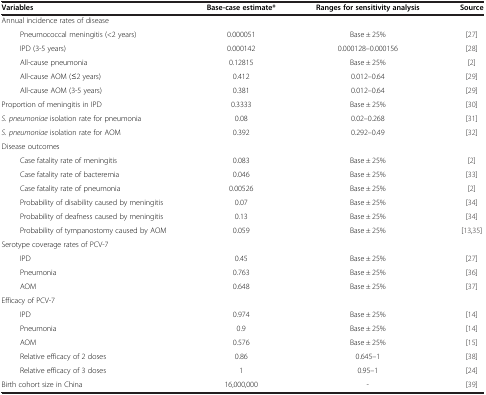
| Variables | Base-case estimate* | Ranges for sensitivity analysis | Source |
 | --- | --- | --- | --- |
 | Annual incidence rates of disease |  |  |  |
 | Pneumococcal meningitis (<2 years) | 0.000051 | Base ± 25% | [27] |
 | IPD (3-5 years) | 0.000142 | 0.000128–0.000156 | [28] |
 | All-cause pneumonia | 0.12815 | Base ± 25% | [2] |
 | All-cause AOM (≤2 years) | 0.412 | 0.012–0.64 | [29] |
 | All-cause AOM (3-5 years) | 0.381 | 0.012–0.64 | [29] |
 | Proportion of meningitis in IPD | 0.3333 | Base ± 25% | [30] |
 | S. pneumoniae isolation rate for pneumonia | 0.08 | 0.02–0.268 | [31] |
 | S. pneumoniae isolation rate for AOM | 0.392 | 0.292–0.49 | [32] |
 | Disease outcomes |  |  |  |
 | Case fatality rate of meningitis | 0.083 | Base ± 25% | [2] |
 | Case fatality rate of bacteremia | 0.046 | Base ± 25% | [33] |
 | Case fatality rate of pneumonia | 0.00526 | Base ± 25% | [2] |
 | Probability of disability caused by meningitis | 0.07 | Base ± 25% | [34] |
 | Probability of deafness caused by meningitis | 0.13 | Base ± 25% | [34] |
 | Probability of tympanostomy caused by AOM | 0.059 | Base ± 25% | [13,35] |
 | Serotype coverage rates of PCV-7 |  |  |  |
 | IPD | 0.45 | Base ± 25% | [27] |
 | Pneumonia | 0.763 | Base ± 25% | [36] |
 | AOM | 0.648 | Base ± 25% | [37] |
 | Efficacy of PCV-7 |  |  |  |
 | IPD | 0.974 | Base ± 25% | [14] |
 | Pneumonia | 0.9 | Base ± 25% | [14] |
 | AOM | 0.576 | Base ± 25% | [15] |
 | Relative efficacy of 2 doses | 0.86 | 0.645–1 | [38] |
 | Relative efficacy of 3 doses | 1 | 0.95–1 | [24] |
 | Birth cohort size in China | 16,000,000 | - | [39] |